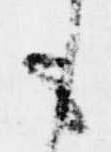
も